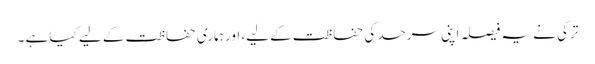
ترکی نے یہ فیصلہ اپنی سرحد کی حفاظت کے لیے، اور ہماری حفاظت کے لیے کیا ہے ۔